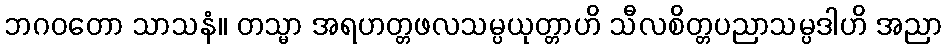
ဘဂဝတော သာသနံ။ တသ္မာ အရဟတ္တဖလသမ္ပယုတ္တာဟိ သီလစိတ္တပညာသမ္ပဒါဟိ အညာ